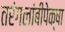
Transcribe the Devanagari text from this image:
तरंगलांबींपेक्षा